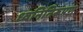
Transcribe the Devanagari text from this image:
ध्वनिनिरूपण